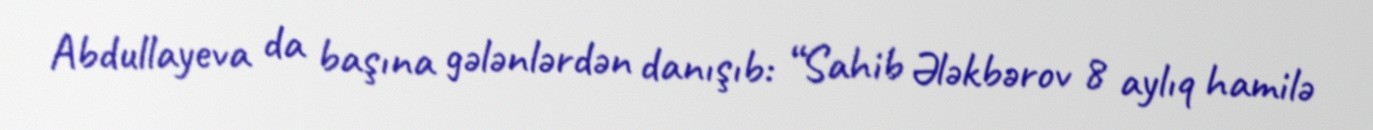
Abdullayeva da başına gələnlərdən danışıb: “Sahib Ələkbərov 8 aylıq hamilə